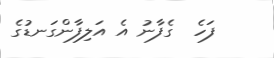
ފަހެ  ގެފާނު އެ އަލިފާންގަނޑުގެ